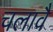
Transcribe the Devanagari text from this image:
चलावै